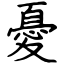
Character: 憂